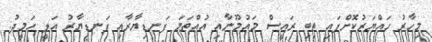
މިހާރު ހައްޔަރުކޮށްފައި ތިބި ރައީސް މައުމޫނާއި އުއްތަމަ ފަނޑިޔާރާއި ފަނޑިޔާރު އަލީ ހަމީދު: